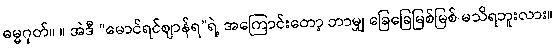
ဓမ္မဂုတ်။ ။ အဲဒီ “မောင်ရင်ဈာန်ရ”ရဲ့ အကြောင်းတော့ ဘာမျှ ခြေခြေမြစ်မြစ် မသိရဘူးလား။